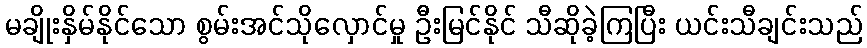
မချိုးနှိမ်နိုင်သော စွမ်းအင်သိုလှောင်မှု ဦးမြင်နိုင် သီဆိုခဲ့ကြပြီး ယင်းသီချင်းသည်